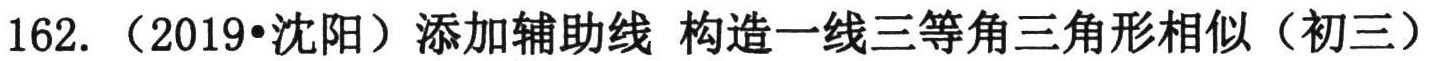
162. （2019•沈阳）添加辅助线 构造一线三等角三角形相似（初三）